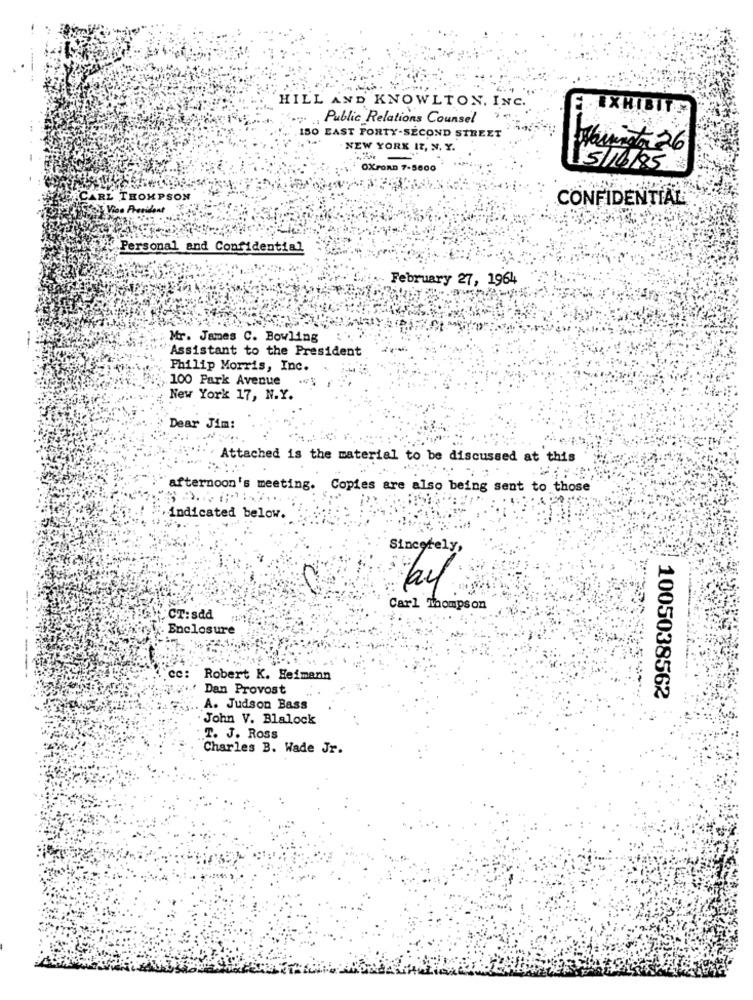
HILL AND KNOWLTON. INC.
ELIX
Public Relations Counsel
150 EAST FORTY-SECOND STREET
NEW YORK IT, N. Y.
Haunido 26
-
OXFORD 7-5600
15/16/85 %50
CARL THOMPSON
CONFIDENTIAL
Vice President
Personal and Confidential
February 27, 1964
Mr. James C. Bowling
Assistant to the President
Philip Morris, Inc.
100 Park Avenue
New York 17, N.Y.
Dear Jim:
Attached is the material to be discussed at this
. ..
afternoon's meeting. Copies are also being sent to those
indicated below.
Sincerely,
Carl Thompson
:CT: sad
. Enclosure
cc:
Robert K. Heimann
Dan Provost
1005038562
A. Judson Bass
John V. Blalock
T. J. Ross
Charles B. Wade Jr.